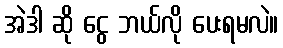
အဲဒါ ဆို ငွေ ဘယ်လို ပေးရမလဲ။